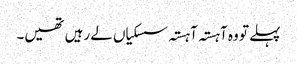
پہلے تو وہ آہستہ آہستہ سسکیاں لے رہیں تھیں۔